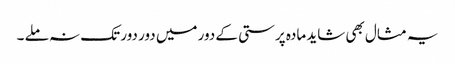
یہ مثال بھی شاید مادہ پرستی کے دور میں دور دور تک نہ ملے ۔